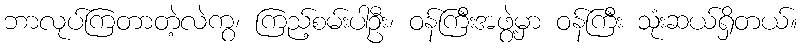
ဘာလုပ်ကြတာတဲ့လဲကွ၊ ကြည့်စမ်းပါဦး၊ ဝန်ကြီးအဖွဲ့မှာ ဝန်ကြီး သုံးဆယ်ရှိတယ်။